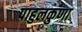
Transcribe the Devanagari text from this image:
पाहुलकुणा